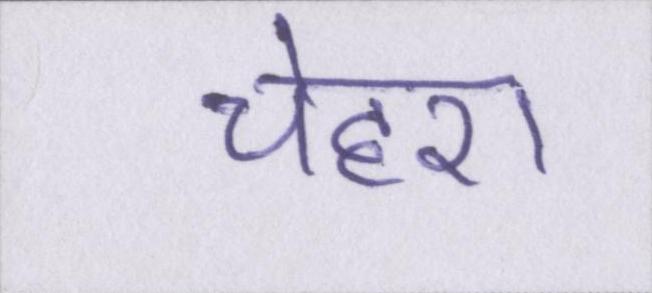
चेहरा